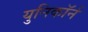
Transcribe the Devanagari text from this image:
युनिकॉर्न